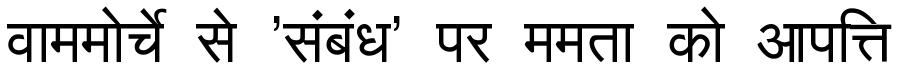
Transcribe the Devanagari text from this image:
वाममोर्चे से 'संबंध' पर ममता को आपत्ति